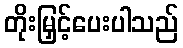
တိုးမြှင့်ပေးပါသည်